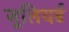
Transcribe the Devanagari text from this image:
जूलियर्ड